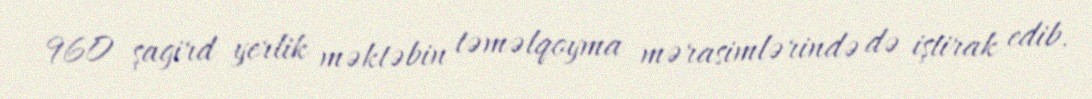
960 şagird yerlik məktəbin təməlqoyma mərasimlərində də iştirak edib.